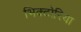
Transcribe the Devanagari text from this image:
भिक्टोरिया